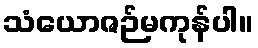
သံယောဇဉ်မကုန်ပါ။